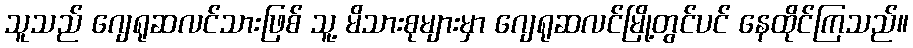
သူသည် ဂျေရုဆလင်သားဖြစ် သူ့ မိသားစုများမှာ ဂျေရုဆလင်မြို့တွင်ပင် နေထိုင်ကြသည်။